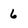
Character: 6